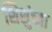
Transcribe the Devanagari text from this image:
शिशुंच्या